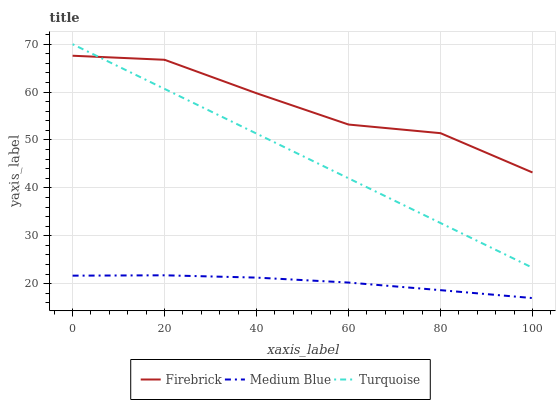
| xaxis_label | Firebrick | Medium Blue | Turquoise |
 | --- | --- | --- | --- |
 | 0 | 67.6 | 21.7 | 70 |
 | 20 | 66.7 | 21.8 | 60.7 |
 | 40 | 59.8 | 21.3 | 51.3 |
 | 60 | 53.2 | 20.2 | 42 |
 | 80 | 51.4 | 18.7 | 32.7 |
 | 100 | 43.2 | 17 | 23.3 |